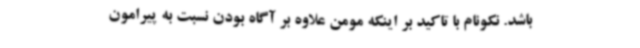
باشد. نکونام با تاکید بر اینکه مومن علاوه بر آگاه بودن نسبت به پیرامون